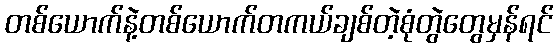
တစ်ယောက်နဲ့တစ်ယောက်တကယ်ချစ်တဲ့စုံတွဲတွေမှန်ရင်